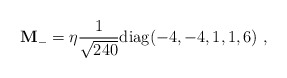
\begin{align*}{\bf M}_- = \eta {1\over {\sqrt{240}}} {\rm diag}(-4,-4,1,1,6) \ ,\end{align*}